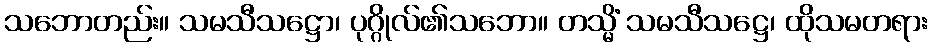
သဘောတည်း။ သမသီသဋ္ဌော၊ ပုဂ္ဂိုလ်၏သဘော။ တသ္မိံ သမသီသဋ္ဌေ၊ ထိုသမတရား